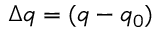
\Delta q = ( q - q _ { 0 } )